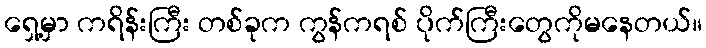
ရှေ့မှာ ကရိန်းကြီး တစ်ခုက ကွန်ကရစ် ပိုက်ကြီးတွေကိုမနေတယ်။